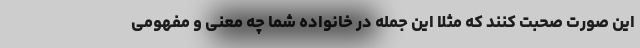
این صورت صحبت کنند که مثلا این جمله در خانواده شما چه معنی و مفهومی